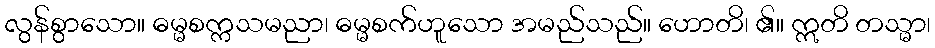
လွန်စွာသော။ ဓမ္မစက္ကသမညာ၊ ဓမ္မစက်ဟူသော အမည်သည်။ ဟောတိ၊ ၏။ ဣတိ တသ္မာ၊